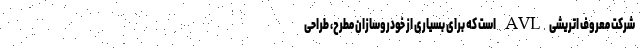
شرکت معروف اتریشی AVL است که برای بسیاری از خودروسازان مطرح، طراحی